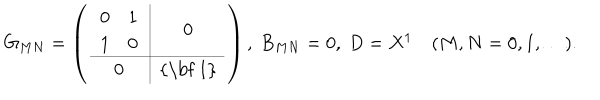
LaTeX: G _ { M N } = \left( \begin{array} { c | c } { { \begin{array} { c c } { { 0 } } & { { 1 } } \\ { { 1 } } & { { 0 } } \\ \end{array} } } & { { 0 } } \\ \hline { { 0 } } & { { \mathrm { { \bf ~ 1 } } } } \\ \end{array} \right) , \ B _ { M N } = 0 , \ D = X ^ { 1 } \quad ( M , N = 0 , 1 , \dots ) .